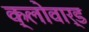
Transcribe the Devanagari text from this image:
क्लोवार्ड